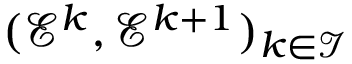
( \mathcal E ^ { k } , \mathcal E ^ { k + 1 } ) _ { k \in \mathcal I }